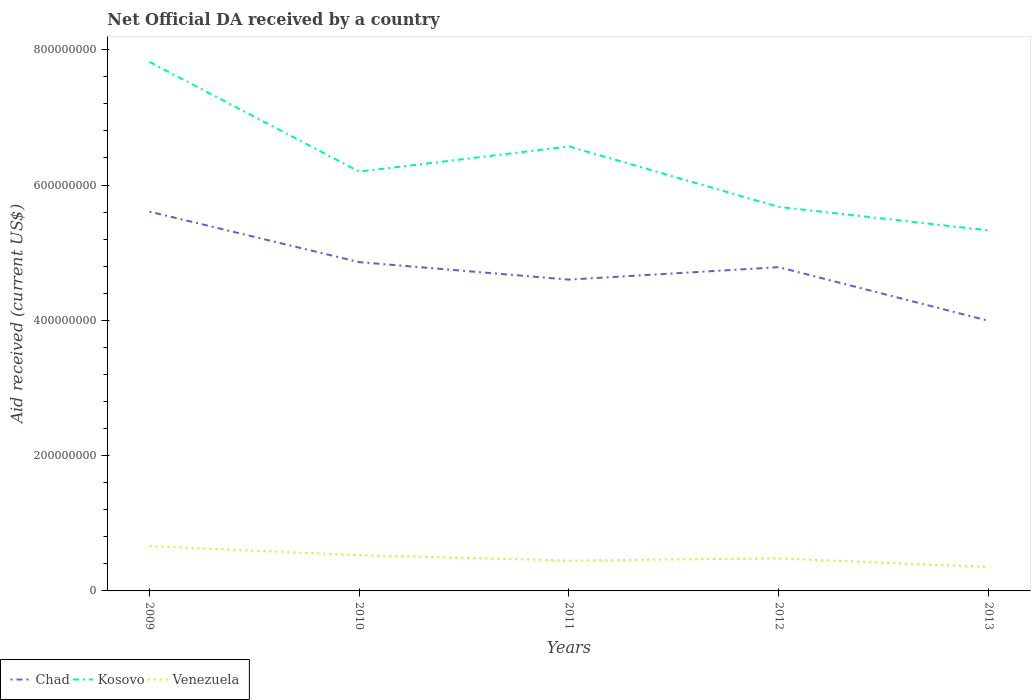
| Years | Chad | Kosovo | Venezuela |
 | --- | --- | --- | --- |
 | 2009 | 5.61e+08 | 7.82e+08 | 6.63e+07 |
 | 2010 | 4.86e+08 | 6.2e+08 | 5.27e+07 |
 | 2011 | 4.6e+08 | 6.57e+08 | 4.49e+07 |
 | 2012 | 4.79e+08 | 5.68e+08 | 4.81e+07 |
 | 2013 | 3.99e+08 | 5.33e+08 | 3.54e+07 |